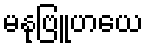
မနုဗြူဟယေ